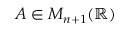
A \in M _ { n + 1 } ( \mathbb { R } )